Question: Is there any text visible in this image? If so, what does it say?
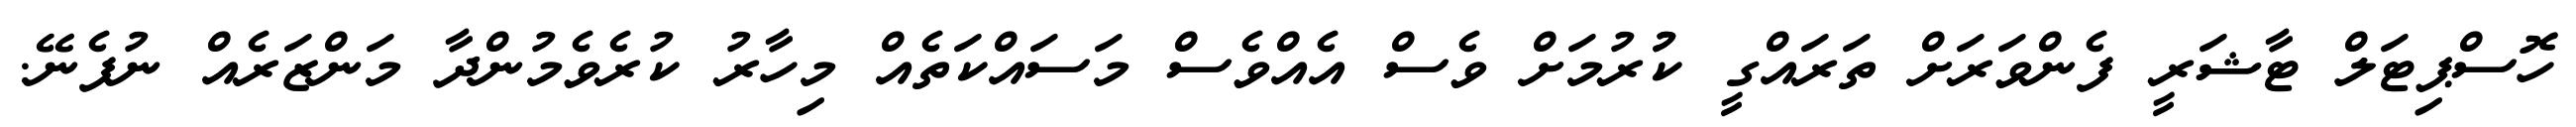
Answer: ހޮސްޕިޓަލް ޓާޝަރީ ފެންވަރަށް ތަރައްގީ ކުުރުމަށް ވެސް އެއްވެސް މަސައްކަތެއް މިހާރު ކުރެވެމުންދާ މަންޒަރެއް ނުފެނޭ.